Vaccination in Bombay 1889-1901 - 1889-1901
Year: 1889
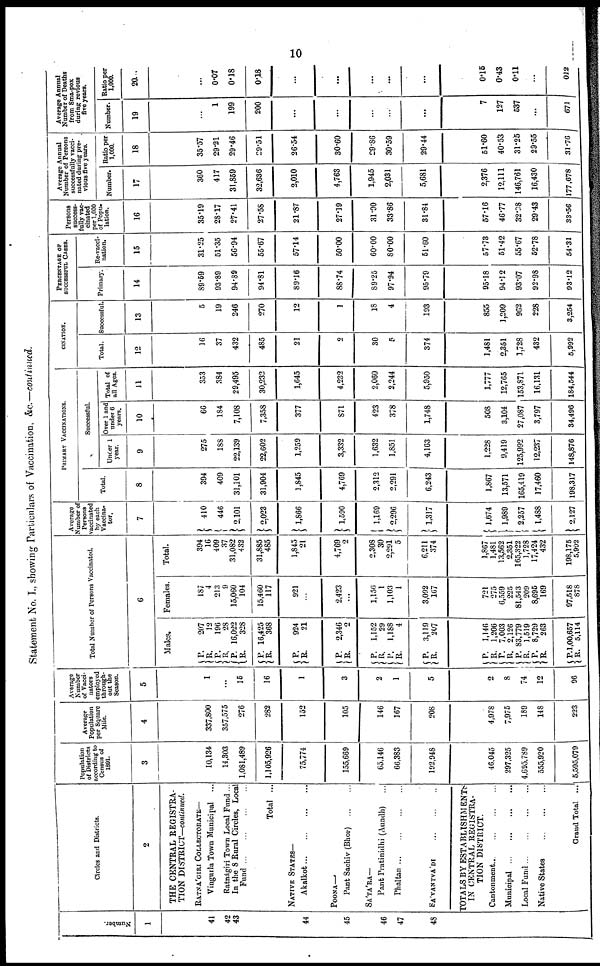
10
Statement No. I., showing Particulars of Vaccination, &c.—continued.
Number.
1
41
42
43
44
45
46
47
4S
Circles and Districts.
2
THE CENTRAL REGISTRA-
TION DISTRICT—continued.
RATNA'GIRI COLLECTORATE—
Vingurla Town Municipal
...
Ratnágirí Town Local Fund ...
In the 8 Rural Circles, Local
Fund
...
...
...
...
Total ...
NATIVE STATES—
Akalkot ... ... ... ...
POONA—
Pant Sachiv (Bhor) ... ...
SA'TA'RA—
Pant Pratinidhi (Aundh) ...
Phaltan
...
...
...
...
SA'VANTVA'DI
TOTALS BY ESTABLISHMENTS
IN CENTRAL REGISTRA-
TION DISTRICT.
Cantonment
...
...
...
...
Municipal
...
...
...
...
Local Fund
...
...
...
...
Native States
...
...
...
...
Grand Total ...
Population
of Districts
according to
Census of
1891.
3
10,134
14,303
1,081,489
1,105,926
75,774
155,669
65,146
66,383
192,948
46,045
297,325
4,695,789
555,920
5,595,079
Average
Population
per Square
Mile.
4
337,800
357,575
276
282
152
105
146
167
208
4,978
7,975
189
148
223
Average
Number
of Vacci¬
nators
employed
through-
out the
Season.
5
1
...
15
16
1
3
2
1
5
2
8
74
12
96
Total Number of Persons Vaccinated.
6
Males.
P.
R.
P.
R.
P.
R.
P. R.
P.
R.
P.
R.
P.
R.
P.
R.
P.
R.
P.
R.
P.
R.
P.
R.
P.
R.
P.
R.
207
12
196
28
16,022
328
16,425
368
924
21
2,346
2
1,152
29
1,188
4
3,119
207
1,146
1,206
7,003
2,126
83,779
1,519
8,729
263
1,00,657
5,114
Females.
187
4
213
9
15,060
104
15,460
117
921
...
2,423
...
1,156
1
1,103
1
3,092
167
721
275
6,559
225
81,543
209
8,695
169
97,518
878
Total.
394
16
409
37
31,082
432
31,885
485
1,845
21
4,769
2
2,308
30
2,291
5
6,211
374
1,867
1,481
13,562
2,351
165,322
1,728
17,424
432
198,175
5,992
Average
Number of
Persons
vaccinated
by each
Vaccina¬
tor.
7
410
446
2,101
2,023
1,866
1,590
1,169
2,296
1,317
1,674
1,989
2,257
1,488
2,127
PRIMARY VACCINATIONS.
Total.
8
394
409
31,101
31,904
1,845
4,769
2,312
2,291
6,243
1,867
13,571
165,419
17,460
198,317
Successful.
Under 1
year.
9
275
188
22,139
22,602
1,259
3,332
1,632
1,851
4,163
1,228
9,419
125,992
12,237
148,876
Over 1 and
under 6
years.
10
66
184
7,108
7,358
377
871
423
378
1,748
508
3,104
27,087
3,797
34,496
Total of
all Ages.
11
353
384
29,495
30,232
1,645
4,232
2,060
2,244
5,950
1,777
12,765
153,871
16,131
184,544
CINATION.
Total.
12
16
37
432
485
21
2
30
5
374
1,481
2,351
1,728
432
5,992
Successful.
13
5
19
246
270
12
1
18
4
193
855
1,209
962
228
3,254
PERCENTAGE OF
SUCCESSFUL CASES.
Primary.
14
89.59
93.89
94.89
94.81
89.16
88.74
89.25
97.94
95.79
95.18
94.12
93.07
92.98
93.12
Re-vacci-
nation.
15
31.25
51.35
56.94
55.67
57.14
50.00
60.00
80.00
51.60
57.73
51.42
55.67
52.78
54.31
Persons
success-
fully vac-
cinated
per 1,000
of Popu-
lation.
16
35.19
28.17
27.41
27.58
21.87
27.19
31.90
33.86
31.84
57.16
46.77
32.08
29.43
33.56
Average Annual
Number of Persons
successfully vacci-
nated during pre-
vious five years.
Number.
17
360
417
31,859
32,636
2,010
4,763
1,945
2,031
5,681
2,376
12,111
146,761
16,430
177,678
Ratio per
1,000.
18
35.57
29.21
29.46
29.51
26.54
30.60
29.86
30.59
29.44
51.60
40.53
31.25
29.55
31.76
Average Annual
Number of Deaths
from Sma-pox
during previous
five years.
Number.
19
...
1
199
200
...
...
...
...
...
7
127
537
...
671
Ratio per
1,000.
20
...
0.07
0.18
0.18
...
...
...
...
...
0.15
0.43
0.11
...
0.12